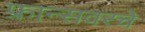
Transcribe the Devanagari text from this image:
फ्रान्सवरचे